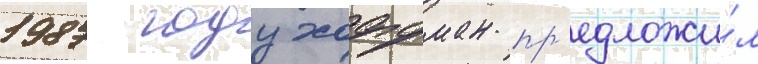
1987 году хоффман пр'едложи́л